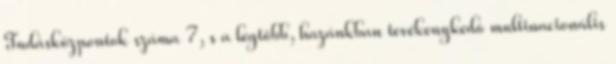
Tudásközpontok száma 7, s a legtöbb, hazánkban tevékenykedõ multinacionális